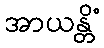
အာယန္တိံ